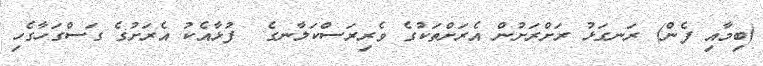
(ބިމާއި ފެން) ރަނގަޅު ރަށްރަށުން އެރަށްތަކުގެ ވެރިރަސްކަލާނގެ  ފުޅާއެކު އެރަށުގެ ގަސްގަހާގެހި